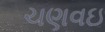
ચણવઇ